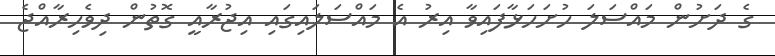
ގެ ދަށުން މައްސަލަ ހުށަހަޅާފައިވާ އިރު އެ މައްސަލައިގައި އިޖުރާއީ ގޮތުން ދިވެހިރާއްޖެ